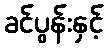
ခင်ပွန်းနှင့်